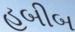
હબીબ